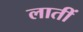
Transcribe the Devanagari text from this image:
लातीं